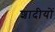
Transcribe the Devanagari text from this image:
शादीयों